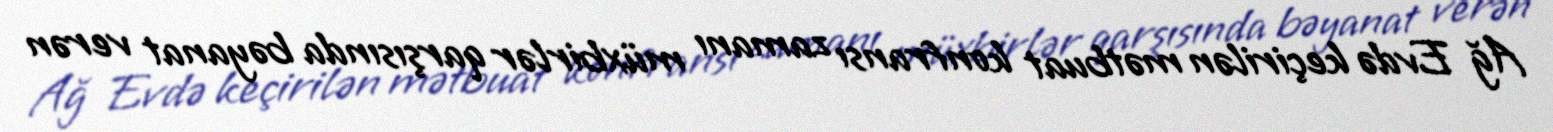
Ağ Evdə keçirilən mətbuat konfransı zamanı müxbirlər qarşısında bəyanat verən